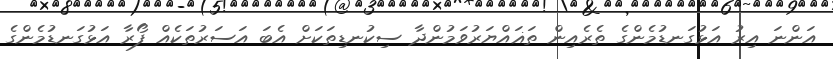
އަންނަ އިރު އަޅުގަނޑުމެންގެ ތެރެއިން ތަޣައްޔަރުވަމުންދާ ސިކުނޑިތަކަށް އެބަ އަސަރުތަކެއް ފޯރާ އަޅުގަނޑުމެންގެ